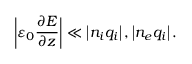
\left| \varepsilon _ { 0 } \frac { \partial E } { \partial z } \right| \ll \left| n _ { i } q _ { i } \right| , \left| n _ { e } q _ { i } \right| .